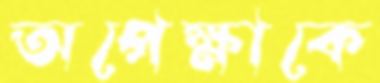
অপেক্ষাকে